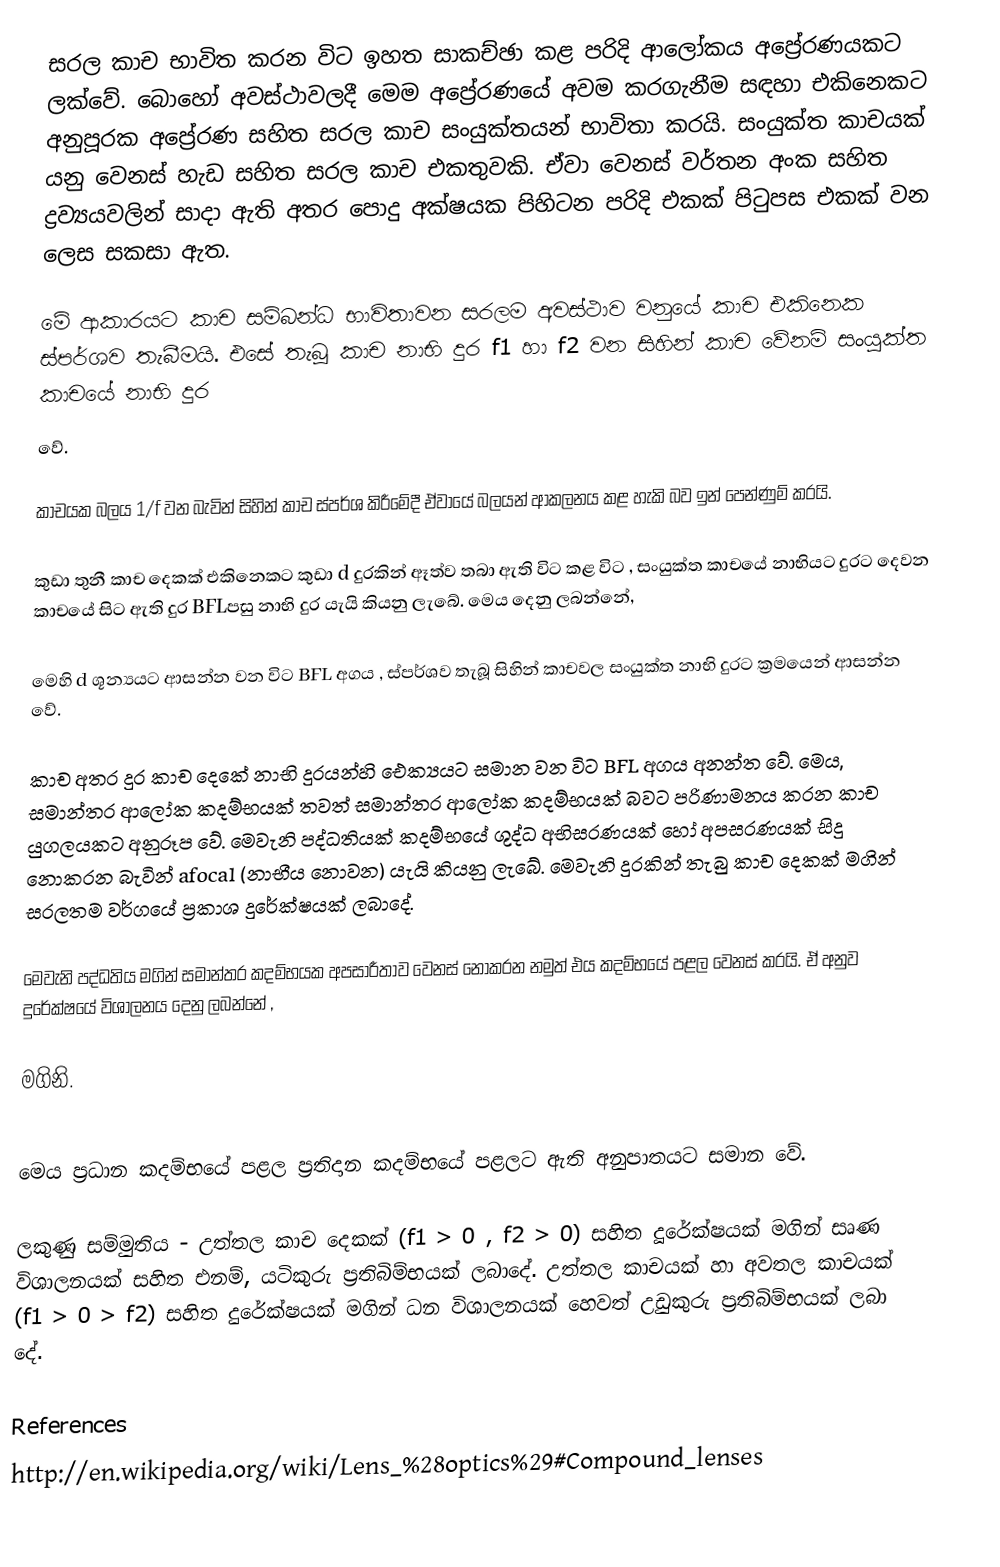
සරල කාච භාවිත කරන විට ඉහත සාකච්ඡා  කළ පරිදි ආලෝකය අප්‍රේරණයකට ලක්වේ. බොහෝ අවස්ථාවලදී මෙම අප්‍රේරණයේ අවම කරගැනීම සඳහා එකිනෙකට අනුපූරක අප්‍රේරණ සහිත සරල කාච සංයුක්තයන් භාවිතා කරයි. සංයුක්ත කාචයක් යනු වෙනස් හැඩ සහිත සරල කාච එකතුවකි. ඒවා වෙනස් වර්තන අංක සහිත ද්‍රව්‍යයවලින් සාදා ඇති අතර පොදු අක්ෂයක පිහිටන පරිදි එකක් පිටුපස එකක් වන ලෙස සකසා ඇත.

මේ ආකාරයට කාච සම්බන්ධ භාවිතාවන සරලම අවස්ථාව වනුයේ කාච එකිනෙක  ස්පර්ශව තැබීමයි. එසේ තැබූ කාච නාභි දුර f1  හා f2  වන සිහින් කාච වේනම් සංයුක්ත කාචයේ නාභි දුර
වේ.

කාචයක බලය 1/f  වන බැවින් සිහින් කාච ස්පර්ශ කිරීමේදී ඒවායේ බලයන් ආකලනය කළ හැකි බව ඉන් පෙන්ණුම් කරයි.

කුඩා තුනී කාච දෙකක් එකිනෙකට කුඩා d දුරකින්  ඈත්ව තබා ඇති විට කළ විට , සංයුක්ත කාචයේ නාභියට දුරට දෙවන කාචයේ සිට ඇති දුර BFLපසු නාභි දුර යැයි කියනු ලැබේ. මෙය දෙනු ලබන්නේ,

මෙහි d ශූන්‍යයට ආසන්න වන විට BFL  අගය , ස්පර්ශව තැබූ සිහින් කාචවල සංයුක්ත නාභි දුරට ක්‍රමයෙන් ආසන්න වේ.

කාච අතර දුර කාච දෙකේ නාභි දුරයන්හි ‍ඓක්‍යයට සමාන වන විට BFL අගය  අනන්ත වේ. මෙය, සමාන්තර  ආලෝක කදම්භයක් තවත් සමාන්තර ආලෝක කදම්භයක් බවට පරිණාමනය කරන කාච යුගලයකට අනුරූප වේ. මෙවැනි පද්ධතියක් කදම්භයේ ශුද්ධ අභිසරණයක් හෝ අපසරණයක් සිදු නොකරන බැවින් afocal (නාභීය නොවන) යැයි කියනු ලැබේ. මෙවැනි දුරකින් තැ‍බු කාච දෙකක් මගින් සරලතම වර්ගයේ ප්‍රකාශ දුරේක්ෂයක් ලබාදේ.

මෙවැනි පද්ධතිය මගින් සමාන්තර කදම්භයක අපසාරීතාව වෙනස් නොකරන නමුත් එය කදම්භයේ පළල වෙනස් කරයි. ඒ අනුව දුරේක්ෂයේ විශාලනය දෙනු ලබන්නේ ,

මගිනි.

මෙය ප්‍රධාන කදම්භයේ පළල ප්‍රතිදාන කදම්භයේ පළලට ඇති අනුපාතයට සමාන වේ.

ලකුණු සම්මුතිය -  උත්තල කාච දෙකක් (f1 > 0  , f2 > 0)  සහිත දූරේක්ෂයක් මගින් සෘණ විශාලනයක් සහිත එනම්, යටිකුරු ප්‍රතිබිම්භයක් ලබාදේ. උත්තල කාචයක් හා අවතල කාචයක් (f1 > 0 > f2)  සහිත දුරේක්ෂයක් මගින් ධන විශාලනයක් හෙවත් උඩුකුරු  ප්‍රතිබිම්භයක් ලබා දේ.

References
http://en.wikipedia.org/wiki/Lens_%28optics%29#Compound_lenses